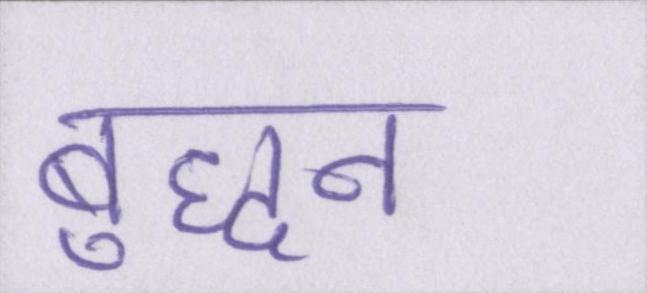
बुद्धन